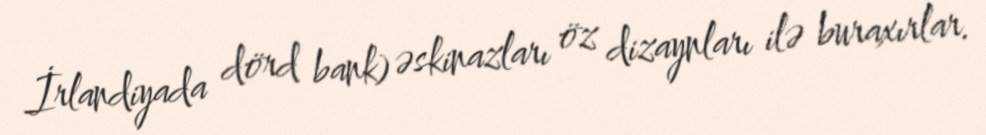
İrlandiyada dörd bank) əskinazları öz dizaynları ilə buraxırlar.